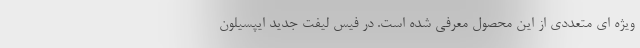
ویژه ای متعددی از این محصول معرفی شده است. در فیس لیفت جدید ایپسیلون